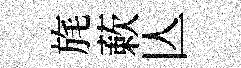
旄蔌亾